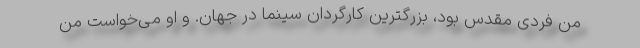
من فردی مقدس بود، بزرگترین کارگردان سینما در جهان. و او می‌خواست من